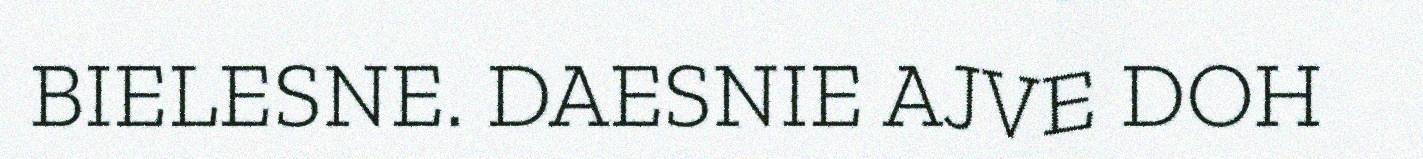
BIELESNE. DAESNIE AJVE DOH